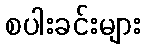
စပါးခင်းများ